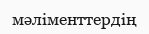
мәліменттердің